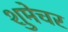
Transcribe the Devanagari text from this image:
शुमेचर